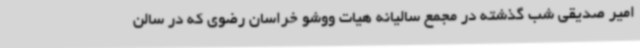
امیر صدیقی شب گذشته در مجمع سالیانه هیات ووشو خراسان رضوی که در سالن